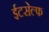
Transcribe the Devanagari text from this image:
ईटसेल्फ